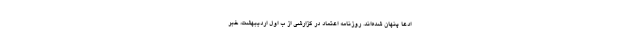
ادعا پنهان شده‌اند. روزنامه اعتماد در گزارشی از ب اول ارديبهشت، خبر